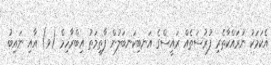
އެކަމަކު ނުރައްކާތެރި ފުރުސަތެއް ރައީސްގެ އަނބިކަނބަލުން ފާތިމަތު އިބްރާހިމް (ވ) އާއި ނައިބު